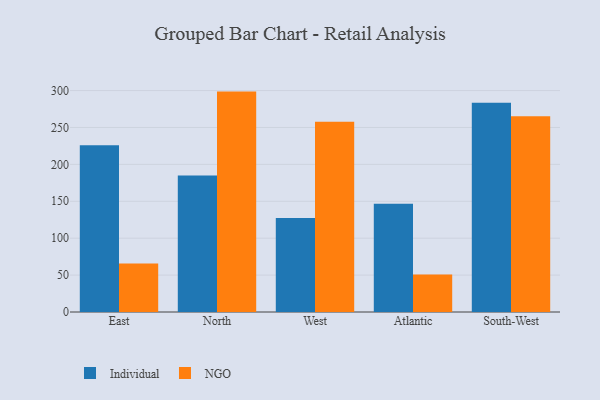
{"axis": {"x": "Region", "y": "Active Users"}, "legend": ["Individual", "NGO"], "data": [{"x": "East", "y": 225.8, "type": "Individual"}, {"x": "East", "y": 65.8, "type": "NGO"}, {"x": "North", "y": 185.0, "type": "Individual"}, {"x": "North", "y": 298.6, "type": "NGO"}, {"x": "West", "y": 127.5, "type": "Individual"}, {"x": "West", "y": 257.8, "type": "NGO"}, {"x": "Atlantic", "y": 146.5, "type": "Individual"}, {"x": "Atlantic", "y": 50.9, "type": "NGO"}, {"x": "South-West", "y": 283.4, "type": "Individual"}, {"x": "South-West", "y": 265.3, "type": "NGO"}]}